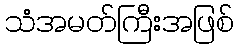
သံအမတ်ကြီးအဖြစ်